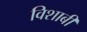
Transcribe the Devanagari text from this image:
विशाबी